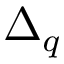
\Delta _ { q }